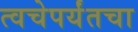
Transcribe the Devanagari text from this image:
त्वचेपर्यंतचा